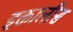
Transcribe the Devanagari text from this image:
इक्तालीस